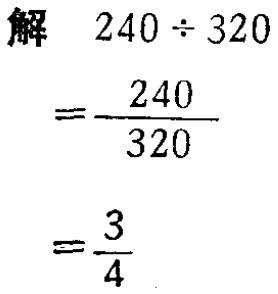
```

解 \(240\div320\)

\(=\dfrac{240}{320}\)

\(=\dfrac{3}{4}\)

```